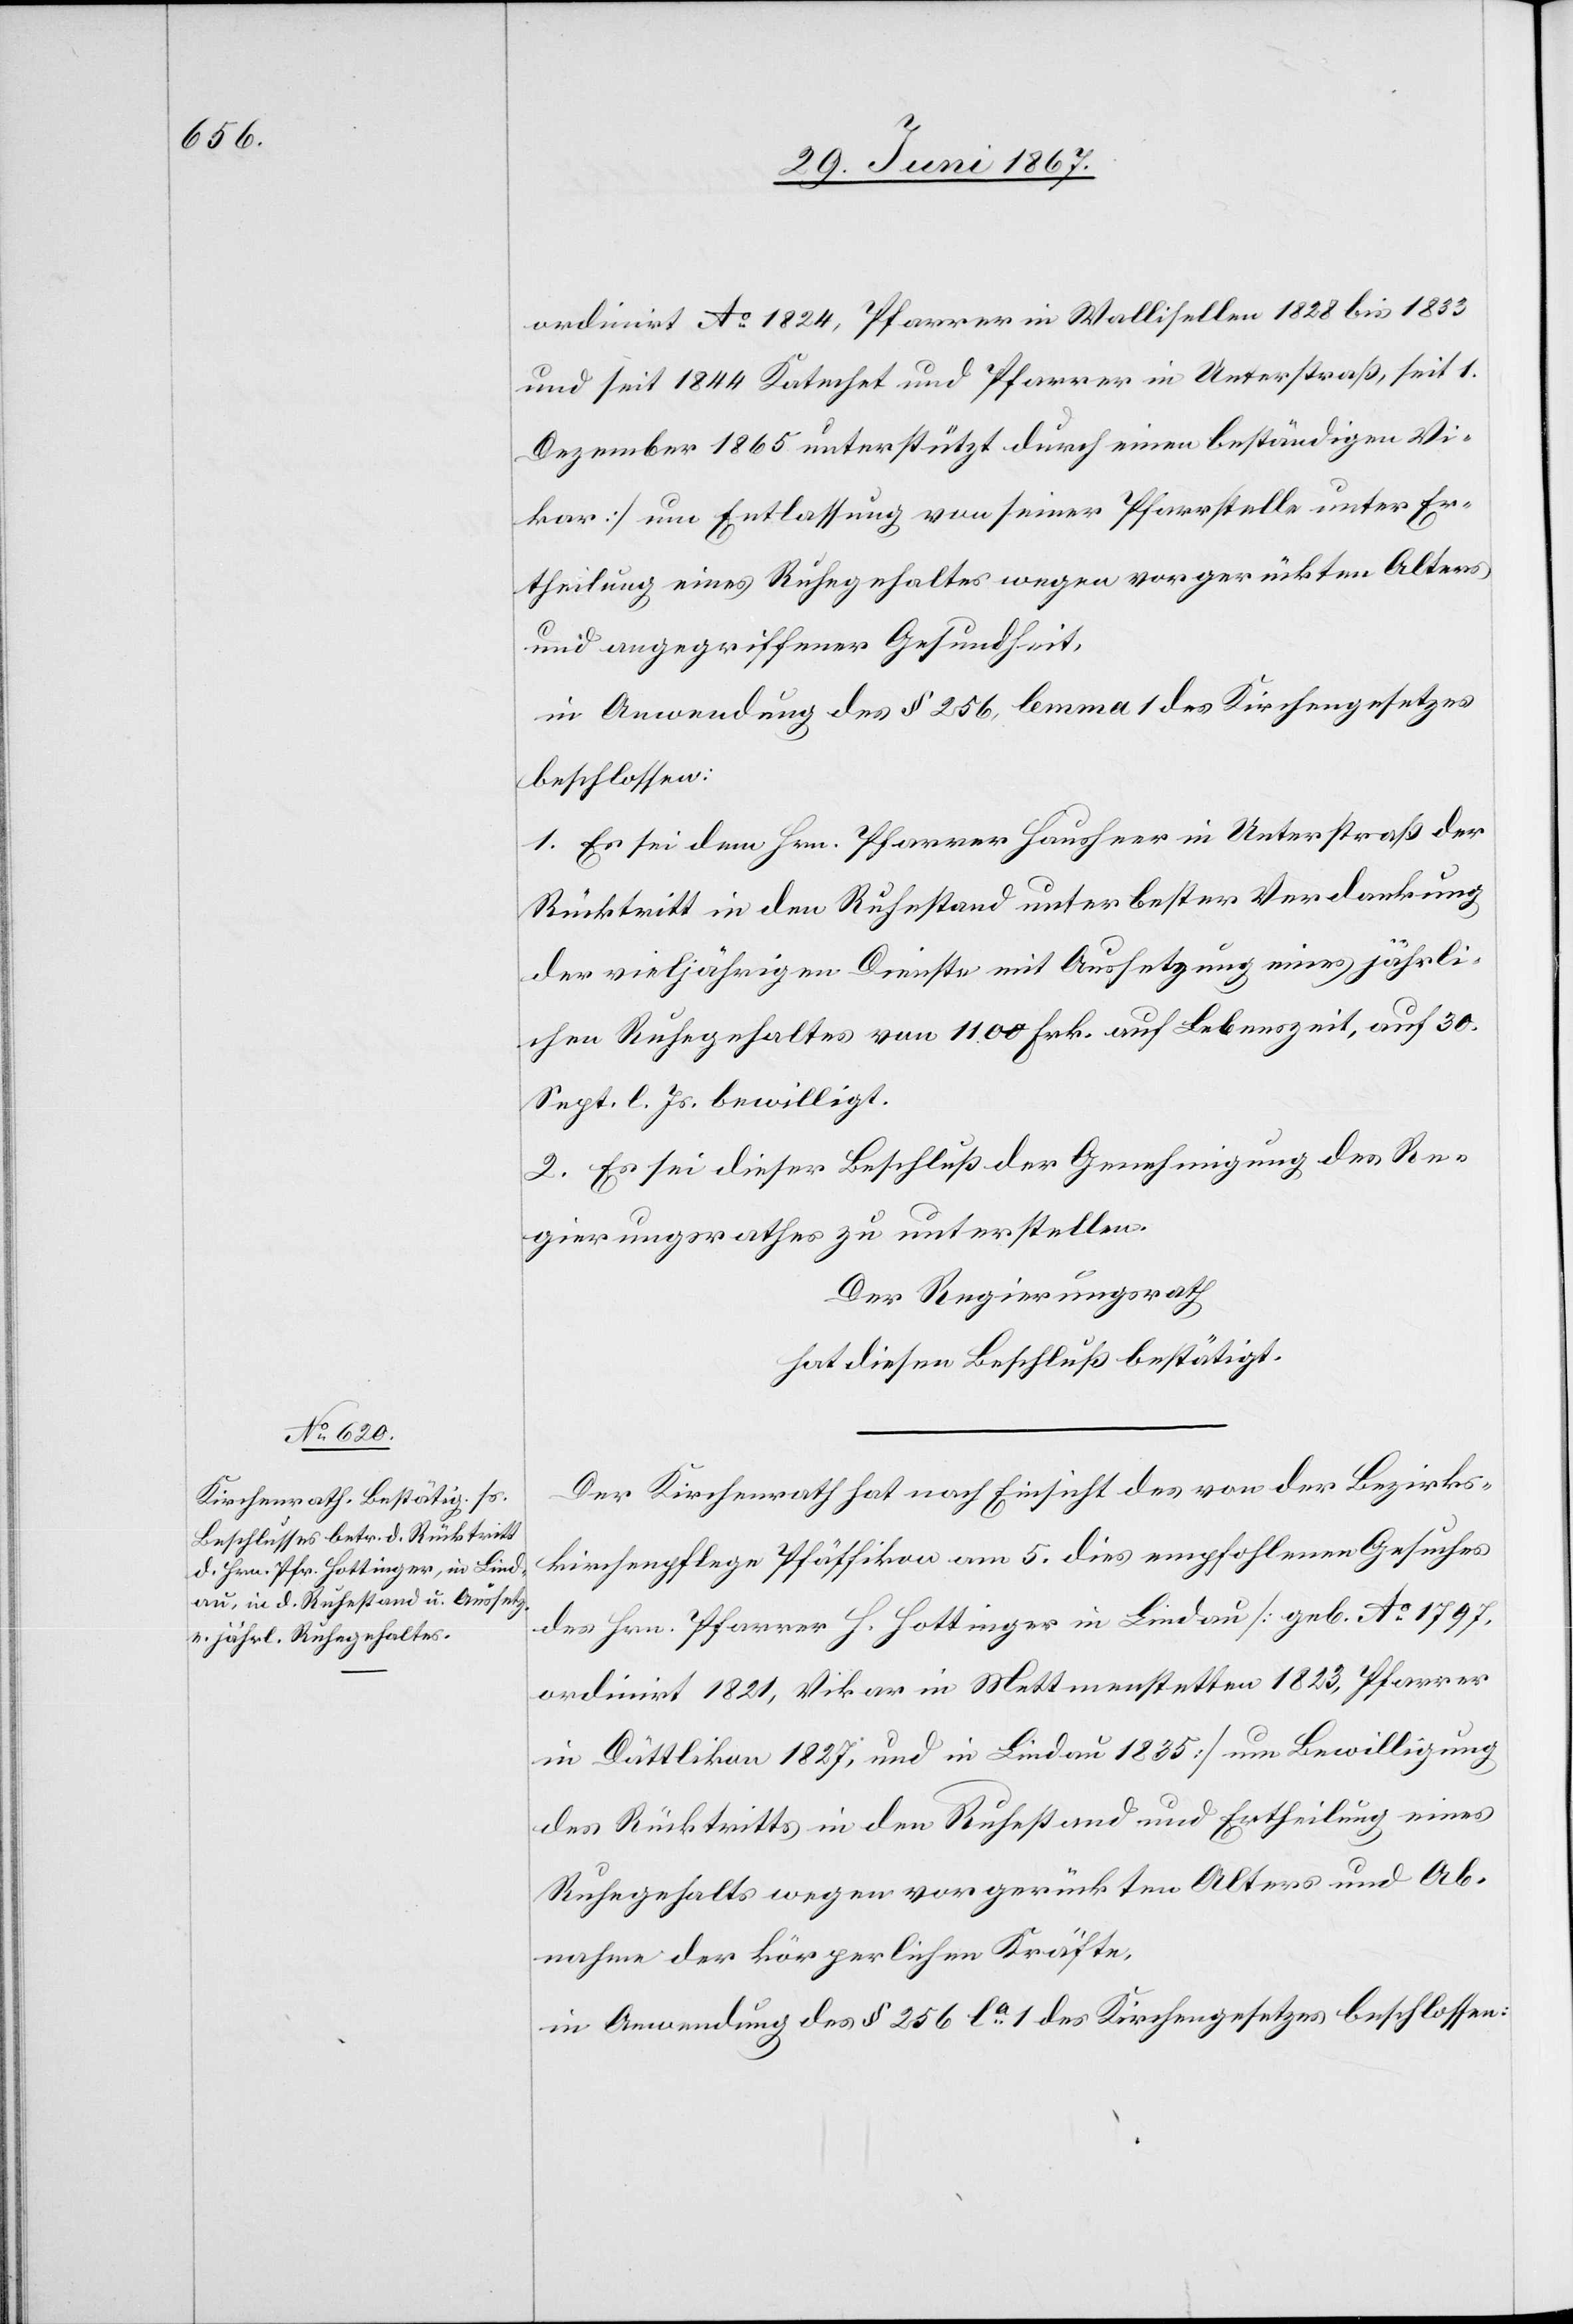
ordinirt Ao. 1724, Pfarrer in Wallisellen 1828 bis 1833
und seit 1844 Katechat und Pfarrer in Unterstraß, seit 1.
Dezember 1865 unterstützt durch einen beständigen Vi¬
kar] um Entlassung von seiner Pfarrstelle unter Er¬
theilung eines Ruhegehaltes wegen vorgerückten Alters
und angegriffener Gesundheit,
in Anwendung des § 256, lemma 1 des Kirchengesetzes
beschlossen:
1. Es sei dem Hrn. Pfarrer Hausherr in Unterstraß der
Rücktritt in den Ruhestand unter bester Verdankung
der vieljährigen Dienste mit Aussetzung eines jährli¬
chen Ruhegehaltes von 1100 Frk. auf Lebenszeit, auf 30.
Sept. l. Js. bewilligt.
2. Es sei dieser Beschluß der Genehmigung des Re¬
gierungsrathes zu unterstellen.
Der Regierungsrath
hat diesen Beschluß bestätigt.
Der Kirchenrath hat nach Einsicht des von der Bezirks¬
kirchenpflege Pfäffikon am 5. dies empfohlenen Gesuches
des Hrn. Pfarrer H. Hottinger in Lindau [geb. Ao. 1797,
ordinirt 1821, Vikar in Mettmenstatten 1823, Pfarrer
in Dättlikon 1827, und in Lindau 1835] um Bewilligung
des Rücktritts in den Ruhestand und Ertheilung eines
Ruhegehalts wegen vorgerückten Alters und Ab¬
nahme der körperlichen Kräfte,
in Anwendung des § 256 la. 1 des Kirchengesetzes beschlossen: